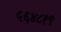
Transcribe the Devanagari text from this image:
५६४८१९